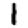
Digit: 1